Reports on military cantonments and civil stations in the Presidency of Bombay inspected by the Sanitary Commissioner in the years 1875 and 1876
Year: 1875
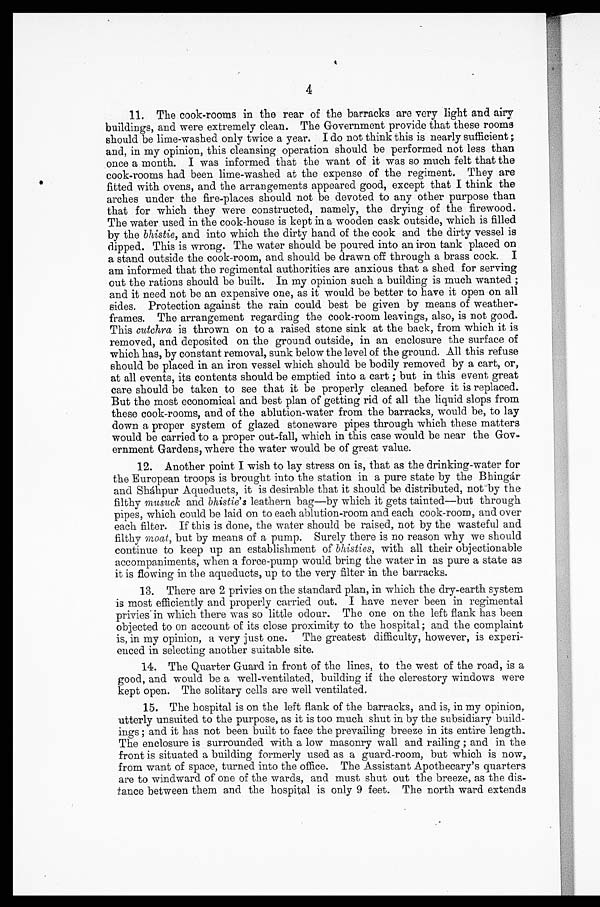
4
11. The cook-rooms in the rear of the barracks are very light and airy
buildings, and were extremely clean. The Government provide that these rooms
should be lime-washed only twice a year. I do not think this is nearly sufficient ;
and, in my opinion, this cleansing operation should be performed not less than
once a month. I was informed that the want of it was so much felt that the
cook-rooms had been lime-washed at the expense of the regiment. They are
fitted with ovens, and the arrangements appeared good, except that I think the
arches under the fire-places should not be devoted to any other purpose than
that for which they were constructed, namely, the drying of the firewood.
The water used in the cook-house is kept in a wooden cask outside, which is filled
by the bhistie, and into which the dirty hand of the cook and the dirty vessel is
dipped. This is wrong. The water should be poured into an iron tank placed on
a stand outside the cook-room, and should be drawn off through a brass cock.
I a m i n f o r m e d t h a t t h e r e g i m e n t a l a u t h o r i t i e s a r e a n x i o u s t h a t a s h e d f o r s e r v i n g
out the rations should be built. In my opinion such a building is much wanted ;
and it need not be an expensive one, as it would be better to have it open on all
sides. Protection against the rain could best be given by means of weather-
frames. The arrangement regarding the cook-room leavings, also, is not good.
This cutchra is thrown on to a raised stone sink at the back, from which it is
removed, and deposited on the ground outside, in an enclosure the surface of
which has, by constant removal, sunk below the level of the ground. All this refuse
should be placed in an iron vessel which should be bodily removed by a cart, or,
at all events, its contents should be emptied into a cart ; but in this event great
care should be taken to see that it be properly cleaned before it is replaced.
But the most economical and best plan of getting rid of all the liquid slops from
these cook-rooms, and of the ablution-water from the barracks, would be, to lay
down a proper system of glazed stoneware pipes through which these matters
would be carried to a proper out-fall, which in this case would be near the Gov-
ernment Gardens, where the water would be of great value.
12. Another point I wish to lay stress on is, that as the drinking-water for
the European troops is brought into the station in a pure state by the Bhingar
and Shahpur Aqueducts, it is desirable that it should be distributed, not by the
filthy musuck and bhistie's leathern bag—by which it gets tainted—but through
pipes, which could be laid on to each ablution-room and each cook-room, and over
each filter. If this is done, the water should be raised, not by the wasteful and
filthy moat, but by means of a pump. Surely there is no reason why we should
continue to keep up an establishment of bhisties, with all their objectionable
accompaniments, when a force-pump would bring the water in as pure a state as
it is flowing in the aqueducts, up to the very filter in the barracks.
13. There are 2 privies on the standard plan, in which the dry-earth system
is most efficiently and properly carried out. I have never been
i n r e g i m e n t a l p r i v i e s i n w h i c h t h e r e w a s s o l i t t l e o d o u r . T h e o n e o n t h e l e f t f l a n k h a s b e e n
objected to on account of its close proximity to the hospital ; and the complaint
is, in my opinion, a very just one. The greatest difficulty, however, is experi-
enced in selecting another suitable site.
14. The Quarter Guard in front of the lines, to the west of the road, is a
good, and would be a well-ventilated, building if the clerestory windows were
kept open. The solitary cells are well ventilated.
15. The hospital is on the left flank of the barracks, and is, in my opinion,
utterly unsuited to the purpose, as it is too much shut in by the subsidiary build-
ings ; and it has not been built to face the prevailing breeze in its entire length.
The enclosure is surrounded with a low masonry wall and railing ; and in the
front is situated a building formerly used as a guard-room, but which is now,
from want of space, turned into the office. The Assistant Apothecary's quarters
are to windward of one of the wards, and must shut out the breeze, as the dis-
tance between them and the hospital is only 9 feet. The north ward extends